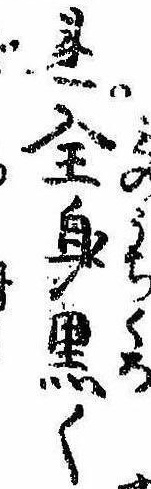
れ全身黒く